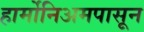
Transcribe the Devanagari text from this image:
हार्मोनिअमपासून